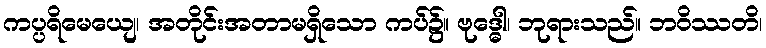
ကပ္ပရိမေယျေ၊ အတိုင်းအတာမရှိသော ကပ်၌။ ဗုဒ္ဓေါ၊ ဘုရားသည်။ ဘဝိဿတိ၊